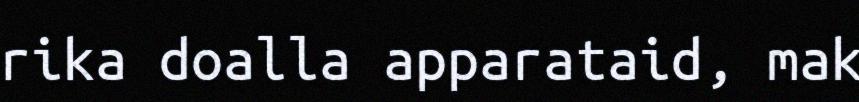
rika doalla apparataid, mak